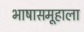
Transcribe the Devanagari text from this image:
भाषासमूहाला